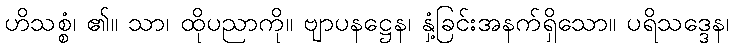
ဟိသစ္စံ၊ ၏။ သာ၊ ထိုပညာကို။ ဗျာပနဋ္ဌေန၊ နှံ့ခြင်းအနက်ရှိသော။ ပရိသဒ္ဒေန၊